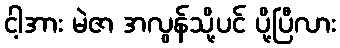
ငါ့အား မဲဇာ အလွန်သို့ပင် ပို့ပြီလား